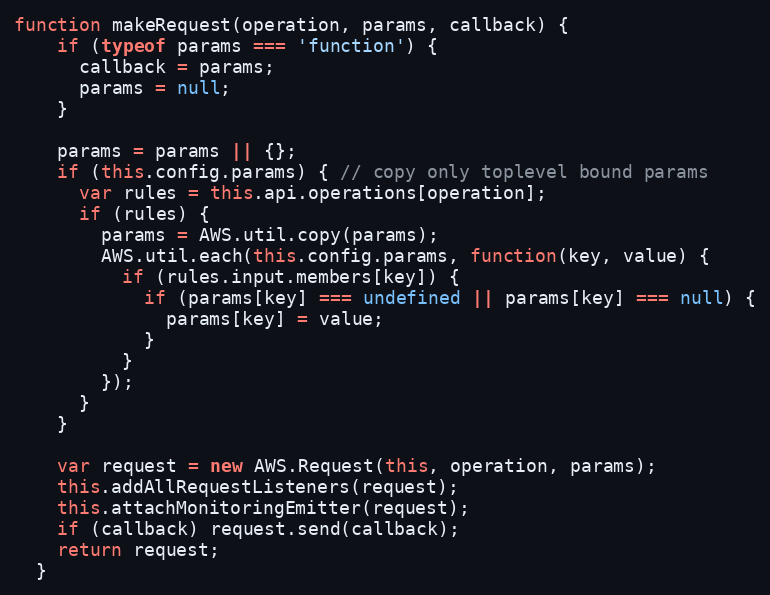
Language: JavaScript
function makeRequest(operation, params, callback) {
    if (typeof params === 'function') {
      callback = params;
      params = null;
    }

    params = params || {};
    if (this.config.params) { // copy only toplevel bound params
      var rules = this.api.operations[operation];
      if (rules) {
        params = AWS.util.copy(params);
        AWS.util.each(this.config.params, function(key, value) {
          if (rules.input.members[key]) {
            if (params[key] === undefined || params[key] === null) {
              params[key] = value;
            }
          }
        });
      }
    }

    var request = new AWS.Request(this, operation, params);
    this.addAllRequestListeners(request);
    this.attachMonitoringEmitter(request);
    if (callback) request.send(callback);
    return request;
  }